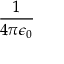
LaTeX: \frac { 1 } { 4 \pi \epsilon _ { 0 } }